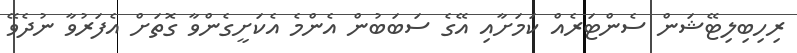
ރިހިބިލިޓޭޝަން ސެންޓަރެއް ކަމަށާއި އޭގެ ސަބަބުން އެންމެ އެކަށީގެންވާ ގޮތަށް އެފަރުވާ ނުދެވޭ